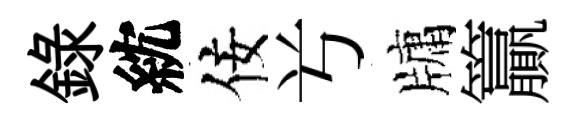
錄紞佞𠔃牗籯